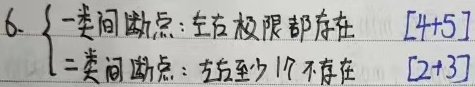
6. \(\begin{cases}\text{一类间断点: 左右极限都存在} & [4 + 5] \\\text{二类间断点: 左右至少1个不存在} & [2+3]\end{cases}\)